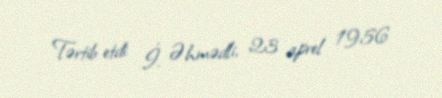
Tərtib etdi: İ. Əhmədli, 23 aprel 1956